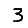
Digit: 3